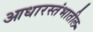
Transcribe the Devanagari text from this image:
आधारस्तंभातील